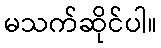
မသက်ဆိုင်ပါ။